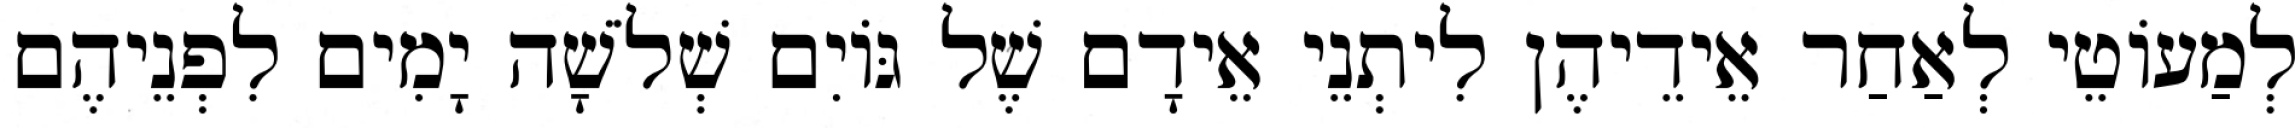
לְמַעוֹטֵי לְאַחַר אֵידֵיהֶן לִיתְנֵי אֵידָם שֶׁל גּוֹיִם שְׁלֹשָׁה יָמִים לִפְנֵיהֶם